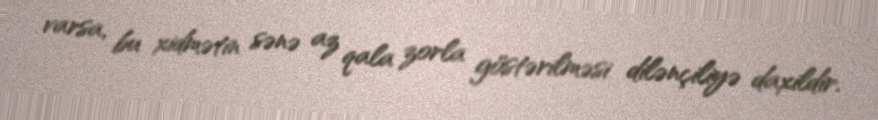
varsa, bu xidmətin sənə az qala zorla göstərilməsi dilənçiliyə daxildir.